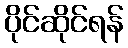
ပိုင်ဆိုင်ရန်